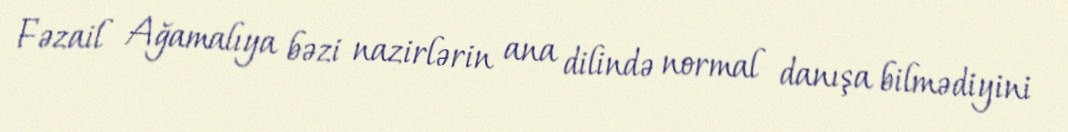
Fəzail Ağamalıya bəzi nazirlərin ana dilində normal danışa bilmədiyini